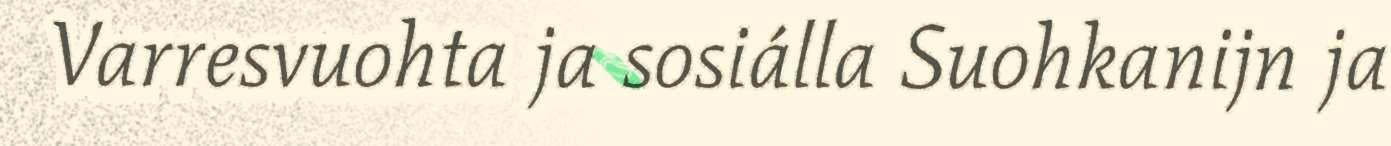
Varresvuohta ja sosiálla Suohkanijn ja